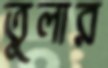
তুলার